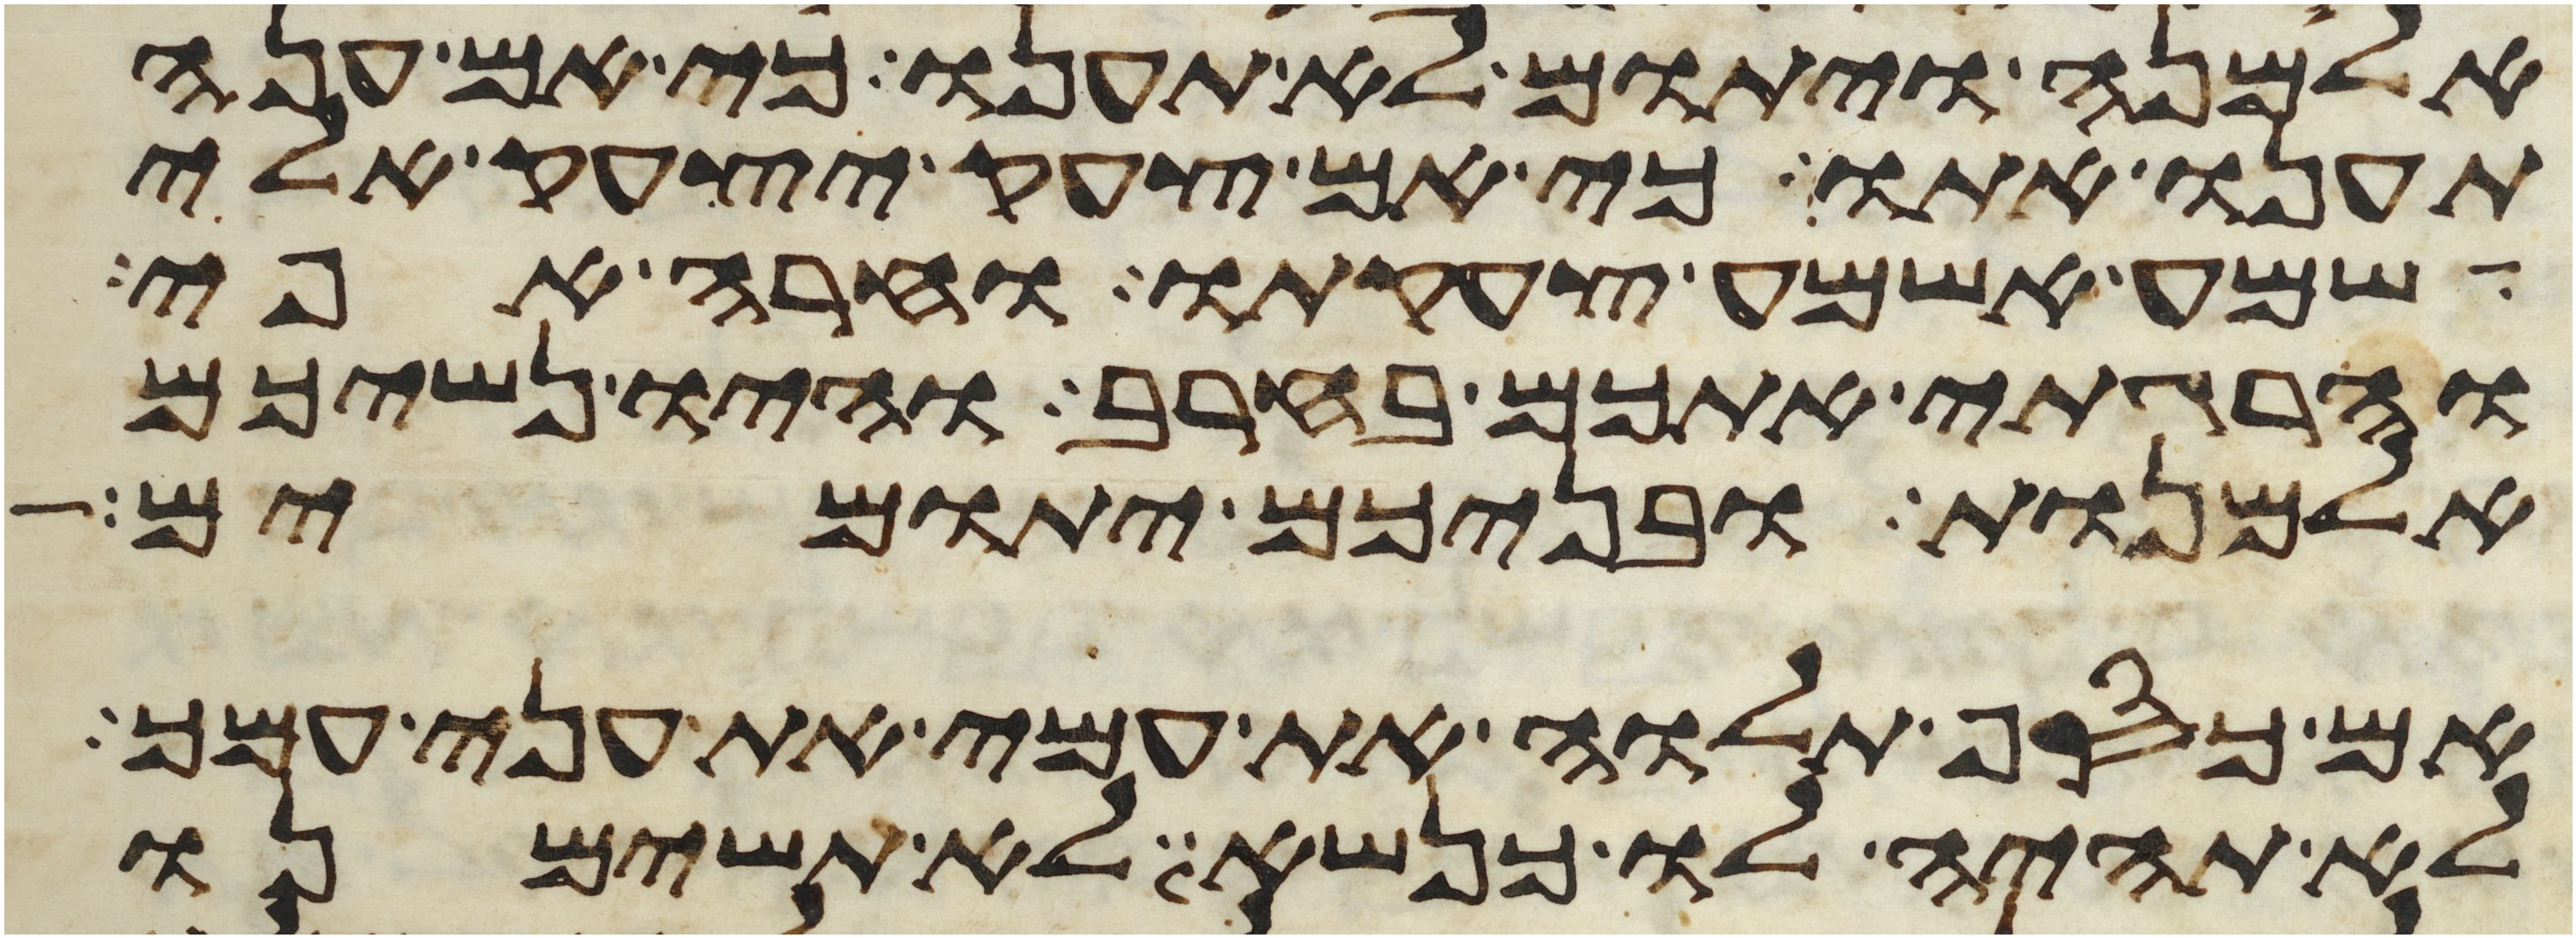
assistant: אלמנה ויתום לא תענו כי אם ענה
תענו אתו כי אם צעק יצעק אלי
שמע אשמע צעקתו וחרה אפי
והרגתי אתכם בחרב והיו נשיכם
אלמנות ובניכם יתומים
אם כסף תלוה את עמי את עני עמך
לא תהיה לו כנשא לא תשימנו